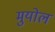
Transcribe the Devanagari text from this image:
मुयोल